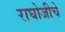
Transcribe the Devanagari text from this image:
राघोजीचे